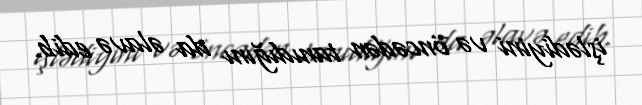
işlədiyini və öncədən tanıdığını da əlavə edib.